Annual administration report of the Civil Veterinary Department of India - 1892-1893
Year: 1892
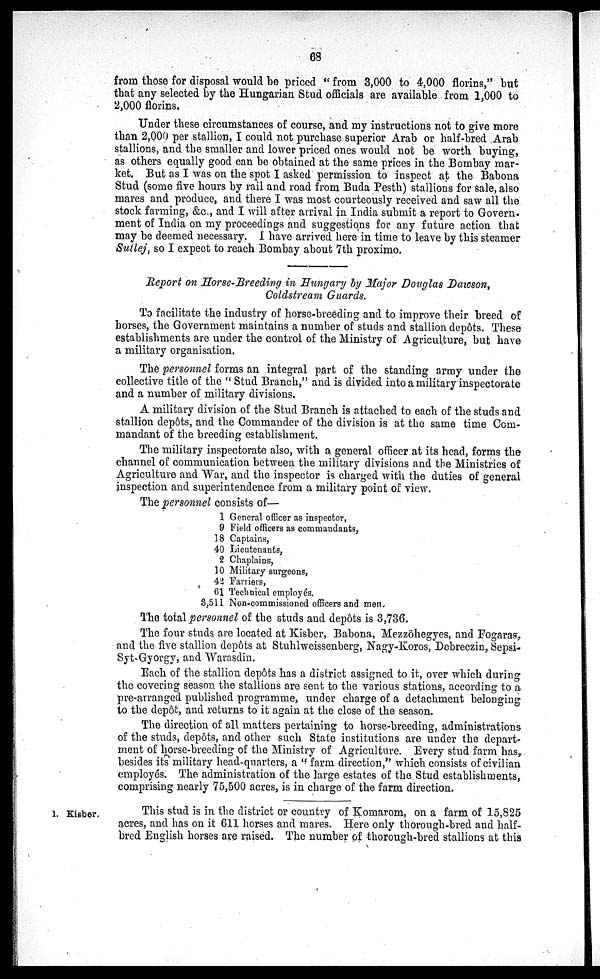
68
from those for disposal would be priced "from 3,000 to 4,000 florins," but
that any selected by the Hungarian Stud officials are available from 1,000 to
2,000 florins.
Under these circumstances of course, and my instructions not to give more
than 2,000 per stallion, I could not purchase superior Arab or half-bred Arab
stallions, and the smaller and lower priced ones would not be worth buying,
as others equally good can be obtained at the same prices in the Bombay mar-
ket. But as I was on the spot I asked permission to inspect at the Babona
Stud (some five hours by rail and road from Buda Pesth) stallions for sale, also
mares and produce, and there I was most courteously received and saw all the
stock farming, &c., and I will after arrival in India submit a report to Govern-
ment of India on my proceedings and suggestions for any future action that
may be deemed necessary. I have arrived here in time to leave by this steamer
Sutlej, so I expect to reach Bombay about 7th proximo,
Report on Horse-Breeding in Hungary by Major Douglas Dawson,
Coldstream Guards.
To facilitate the industry of horse-breeding and to improve their breed of
horses, the Government maintains a number of studs and stallion depôts. These
establishments are under the control of the Ministry of Agriculture, but have
a military organisation.
The personnel forms an integral part of the standing army under the
collective title of the "Stud Branch," and is divided into a military inspectorate
and a number of military divisions.
A military division of the Stud Branch is attached to each of the studs and
stallion depôts, and the Commander of the division is at the same time Com-
mandant of the breeding establishment.
The military inspectorate also, with a general officer at its head, forms the
channel of communication between the military divisions and the Ministries of
Agriculture and War, and the inspector is charged with the duties of general
inspection and superintendence from a military point of view.
The personnel consists of—
1 General officer as inspector,
9 Field officers as commandants,
18 Captains,
40 Lieutenants,
2 Chaplains,
10 Military surgeons,
42 Farriers,
61 Technical employés.
3,511 Non-commissioned officers and men.
The total personnel of the studs and depôts is 3,736.
The four studs are located at Kisber, Babona, Mezzöhegyes, and Fogaras,
and the five stallion depôts at Stuhlweissenberg, Nagy-Koros, Debreczin, Sepsi-
Syt-Gyorgy, and Warasdin.
Each of the stallion depôts has a district assigned to it, over which during
the covering season the stallions are sent to the various stations, according to a
pre-arranged published programme, under charge of a detachment belonging
to the depôt, and returns to it again at the close of the season.
The direction of all matters pertaining to horse-breeding, administrations
of the studs, depôts, and other such State institutions are under the depart-
ment of horse-breeding of the Ministry of Agriculture. Every stud farm has,
besides its military head-quarters, a "farm direction," which consists of civilian
employés. The administration of the large estates of the Stud establishments,
comprising nearly 75,500 acres, is in charge of the farm direction.
1. Kisber.
This stud is in the district or country of Komarom, on a farm of 15,825
acres, and has on it 611 horses and mares. Here only thorough-bred and half-
bred English horses are raised. The number of thorough-bred stallions at this